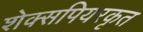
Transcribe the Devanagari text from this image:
शेक्सपियरकृत